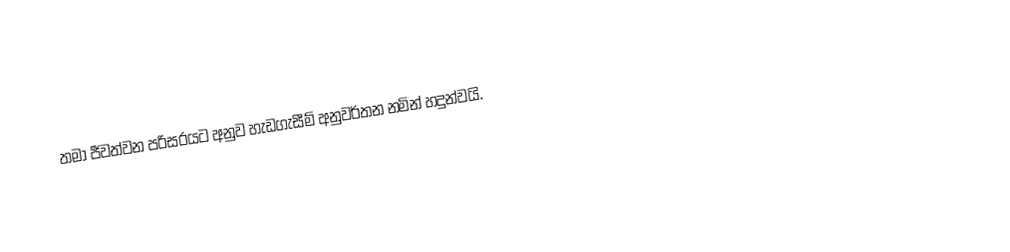
තමා ජීවත්වන පරිසරයට අනුව හැඩගැසීම් අනුවර්තන නමින් හදුන්වයි.